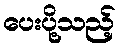
ပေးပို့သည့်